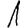
Digit: 1